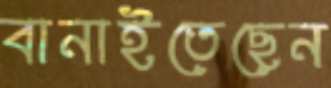
বানাইতেছেন